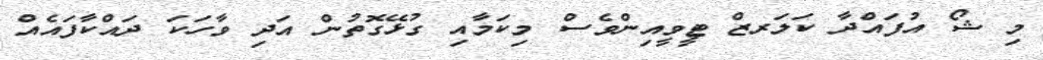
މި ޝޯ އުފައްދާ ކަލަރޒް ޓީވީއިންވެސް މިކަމާއި ގުޅޭގޮތުން އަދި ވާހަކަ ދައްކާފައެއް